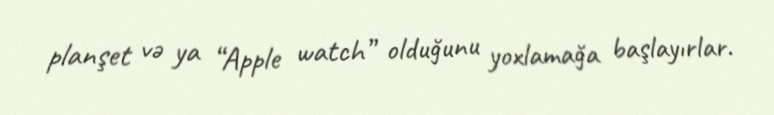
planşet və ya “Apple watch” olduğunu yoxlamağa başlayırlar.